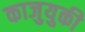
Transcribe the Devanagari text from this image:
काजुयुकी